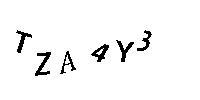
TZA4Y3